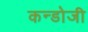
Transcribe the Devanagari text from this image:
कन्डोजी